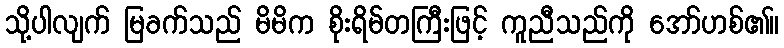
သို့ပါလျက် မြခက်သည် မိမိက စိုးရိမ်တကြီးဖြင့် ကူညီသည်ကို အော်ဟစ်၏။